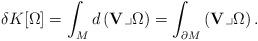
LaTeX: \begin{align*}\delta K[\Omega]=\int_M d\left({\bf V}\lrcorner \Omega\right)=\int_{\partial M} \left({\bf V}\lrcorner \Omega\right). \end{align*}